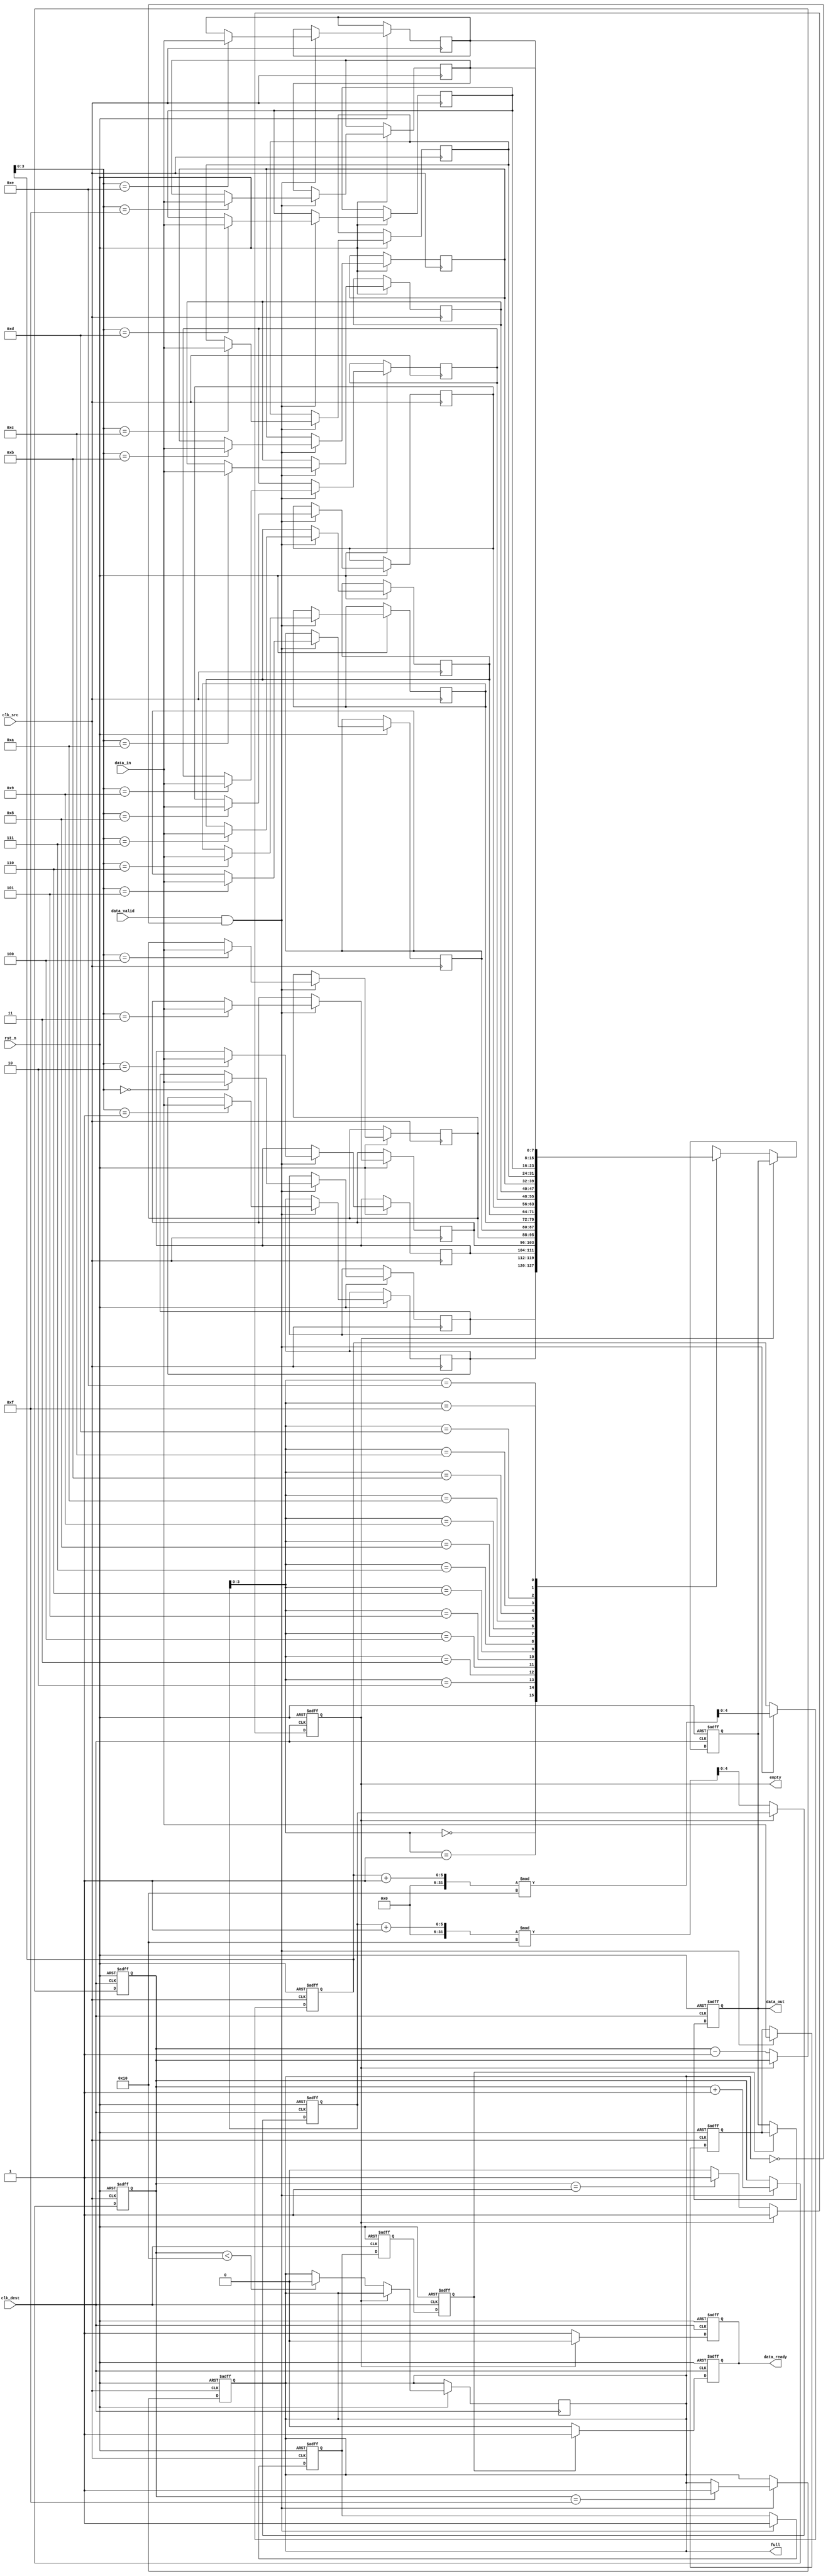
module burst_mode_synchronizer #(
    parameter DATA_WIDTH = 8,  // Width of the data
    parameter FIFO_DEPTH = 16   // Depth of the FIFO
)(
    input wire clk_src,         // Source clock
    input wire clk_dest,        // Destination clock
    input wire rst_n,           // Active low reset
    input wire [DATA_WIDTH-1:0] data_in, // Data input from source clock domain
    input wire data_valid,      // Data valid signal from source
    output reg [DATA_WIDTH-1:0] data_out, // Data output to destination clock domain
    output reg data_ready,      // Data ready signal for destination
    output reg full,            // FIFO full indicator
    output reg empty            // FIFO empty indicator
);

    // FIFO buffer
    reg [DATA_WIDTH-1:0] fifo [0:FIFO_DEPTH-1];
    reg [4:0] write_ptr;       // Write pointer
    reg [4:0] read_ptr;        // Read pointer
    reg [4:0] count;           // Number of items in FIFO

    // Synchronization registers
    reg [DATA_WIDTH-1:0] sync_data;
    reg sync_valid;

    // Write data to FIFO on source clock
    always @(posedge clk_src or negedge rst_n) begin
        if (!rst_n) begin
            write_ptr <= 0;
            count <= 0;
            full <= 0;
        end else if (data_valid && !full) begin
            fifo[write_ptr] <= data_in;
            write_ptr <= (write_ptr + 1) % FIFO_DEPTH;
            count <= count + 1;
            if (count == FIFO_DEPTH-1) full <= 1;
        end
    end

    // Read data from FIFO on destination clock
    always @(posedge clk_dest or negedge rst_n) begin
        if (!rst_n) begin
            read_ptr <= 0;
            count <= 0;
            empty <= 1;
            data_ready <= 0;
            data_out <= 0;
        end else if (!empty) begin
            data_out <= fifo[read_ptr];
            data_ready <= 1;
            read_ptr <= (read_ptr + 1) % FIFO_DEPTH;
            count <= count - 1;
            if (count == 1) empty <= 1;
            if (count < FIFO_DEPTH) full <= 0;
        end else begin
            data_ready <= 0;
        end
    end

    // Synchronization logic
    always @(posedge clk_src or negedge rst_n) begin
        if (!rst_n) begin
            sync_data <= 0;
            sync_valid <= 0;
        end else if (data_valid && !full) begin
            sync_data <= data_in;
            sync_valid <= 1;
        end
    end

    // Synchronizing valid signal
    reg sync_valid_d1, sync_valid_d2;
    always @(posedge clk_dest or negedge rst_n) begin
        if (!rst_n) begin
            sync_valid_d1 <= 0;
            sync_valid_d2 <= 0;
        end else begin
            sync_valid_d1 <= sync_valid;
            sync_valid_d2 <= sync_valid_d1;
        end
    end

    // Output valid data
    always @(posedge clk_dest or negedge rst_n) begin
        if (!rst_n) begin
            data_out <= 0;
            data_ready <= 0;
        end else if (sync_valid_d2) begin
            data_out <= sync_data;
            data_ready <= 1;
        end else begin
            data_ready <= 0;
        end
    end

endmodule